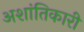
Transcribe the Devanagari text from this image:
अशांतिकारी